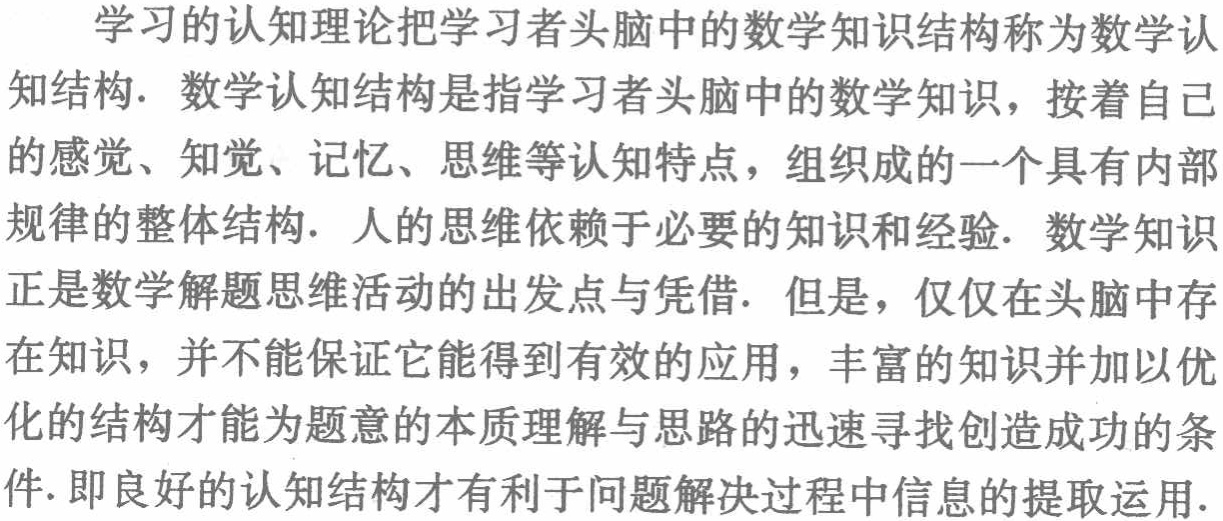
学习的认知理论把学习者头脑中的数学知识结构称为数学认知结构. 数学认知结构是指学习者头脑中的数学知识，按着自己的感觉、知觉、记忆、思维等认知特点，组织成的一个具有内部规律的整体结构. 人的思维依赖于必要的知识和经验. 数学知识正是数学解题思维活动的出发点与凭借. 但是，仅仅在头脑中存在知识，并不能保证它能得到有效的应用，丰富的知识并加以优化的结构才能为题意的本质理解与思路的迅速寻找创造成功的条件.即良好的认知结构才有利于问题解决过程中信息的提取运用.